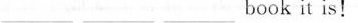
___ book it is!